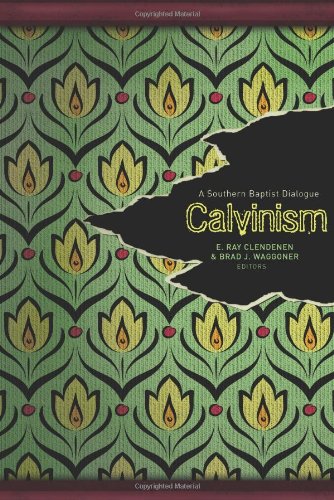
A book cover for Calvinism: A Southern Baptist Dialogue; Brad J. Waggoner; Christian Books & Bibles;